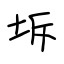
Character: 坼